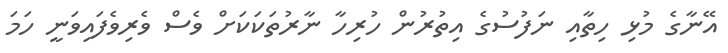
އޭނާގެ މުޅި ހިތާއި ނަފުސުގެ އިތުރުން ހުރިހާ ނާރުތަކަކަށް ވެސް ވެރިވެފައިވަނީ ހަމަ